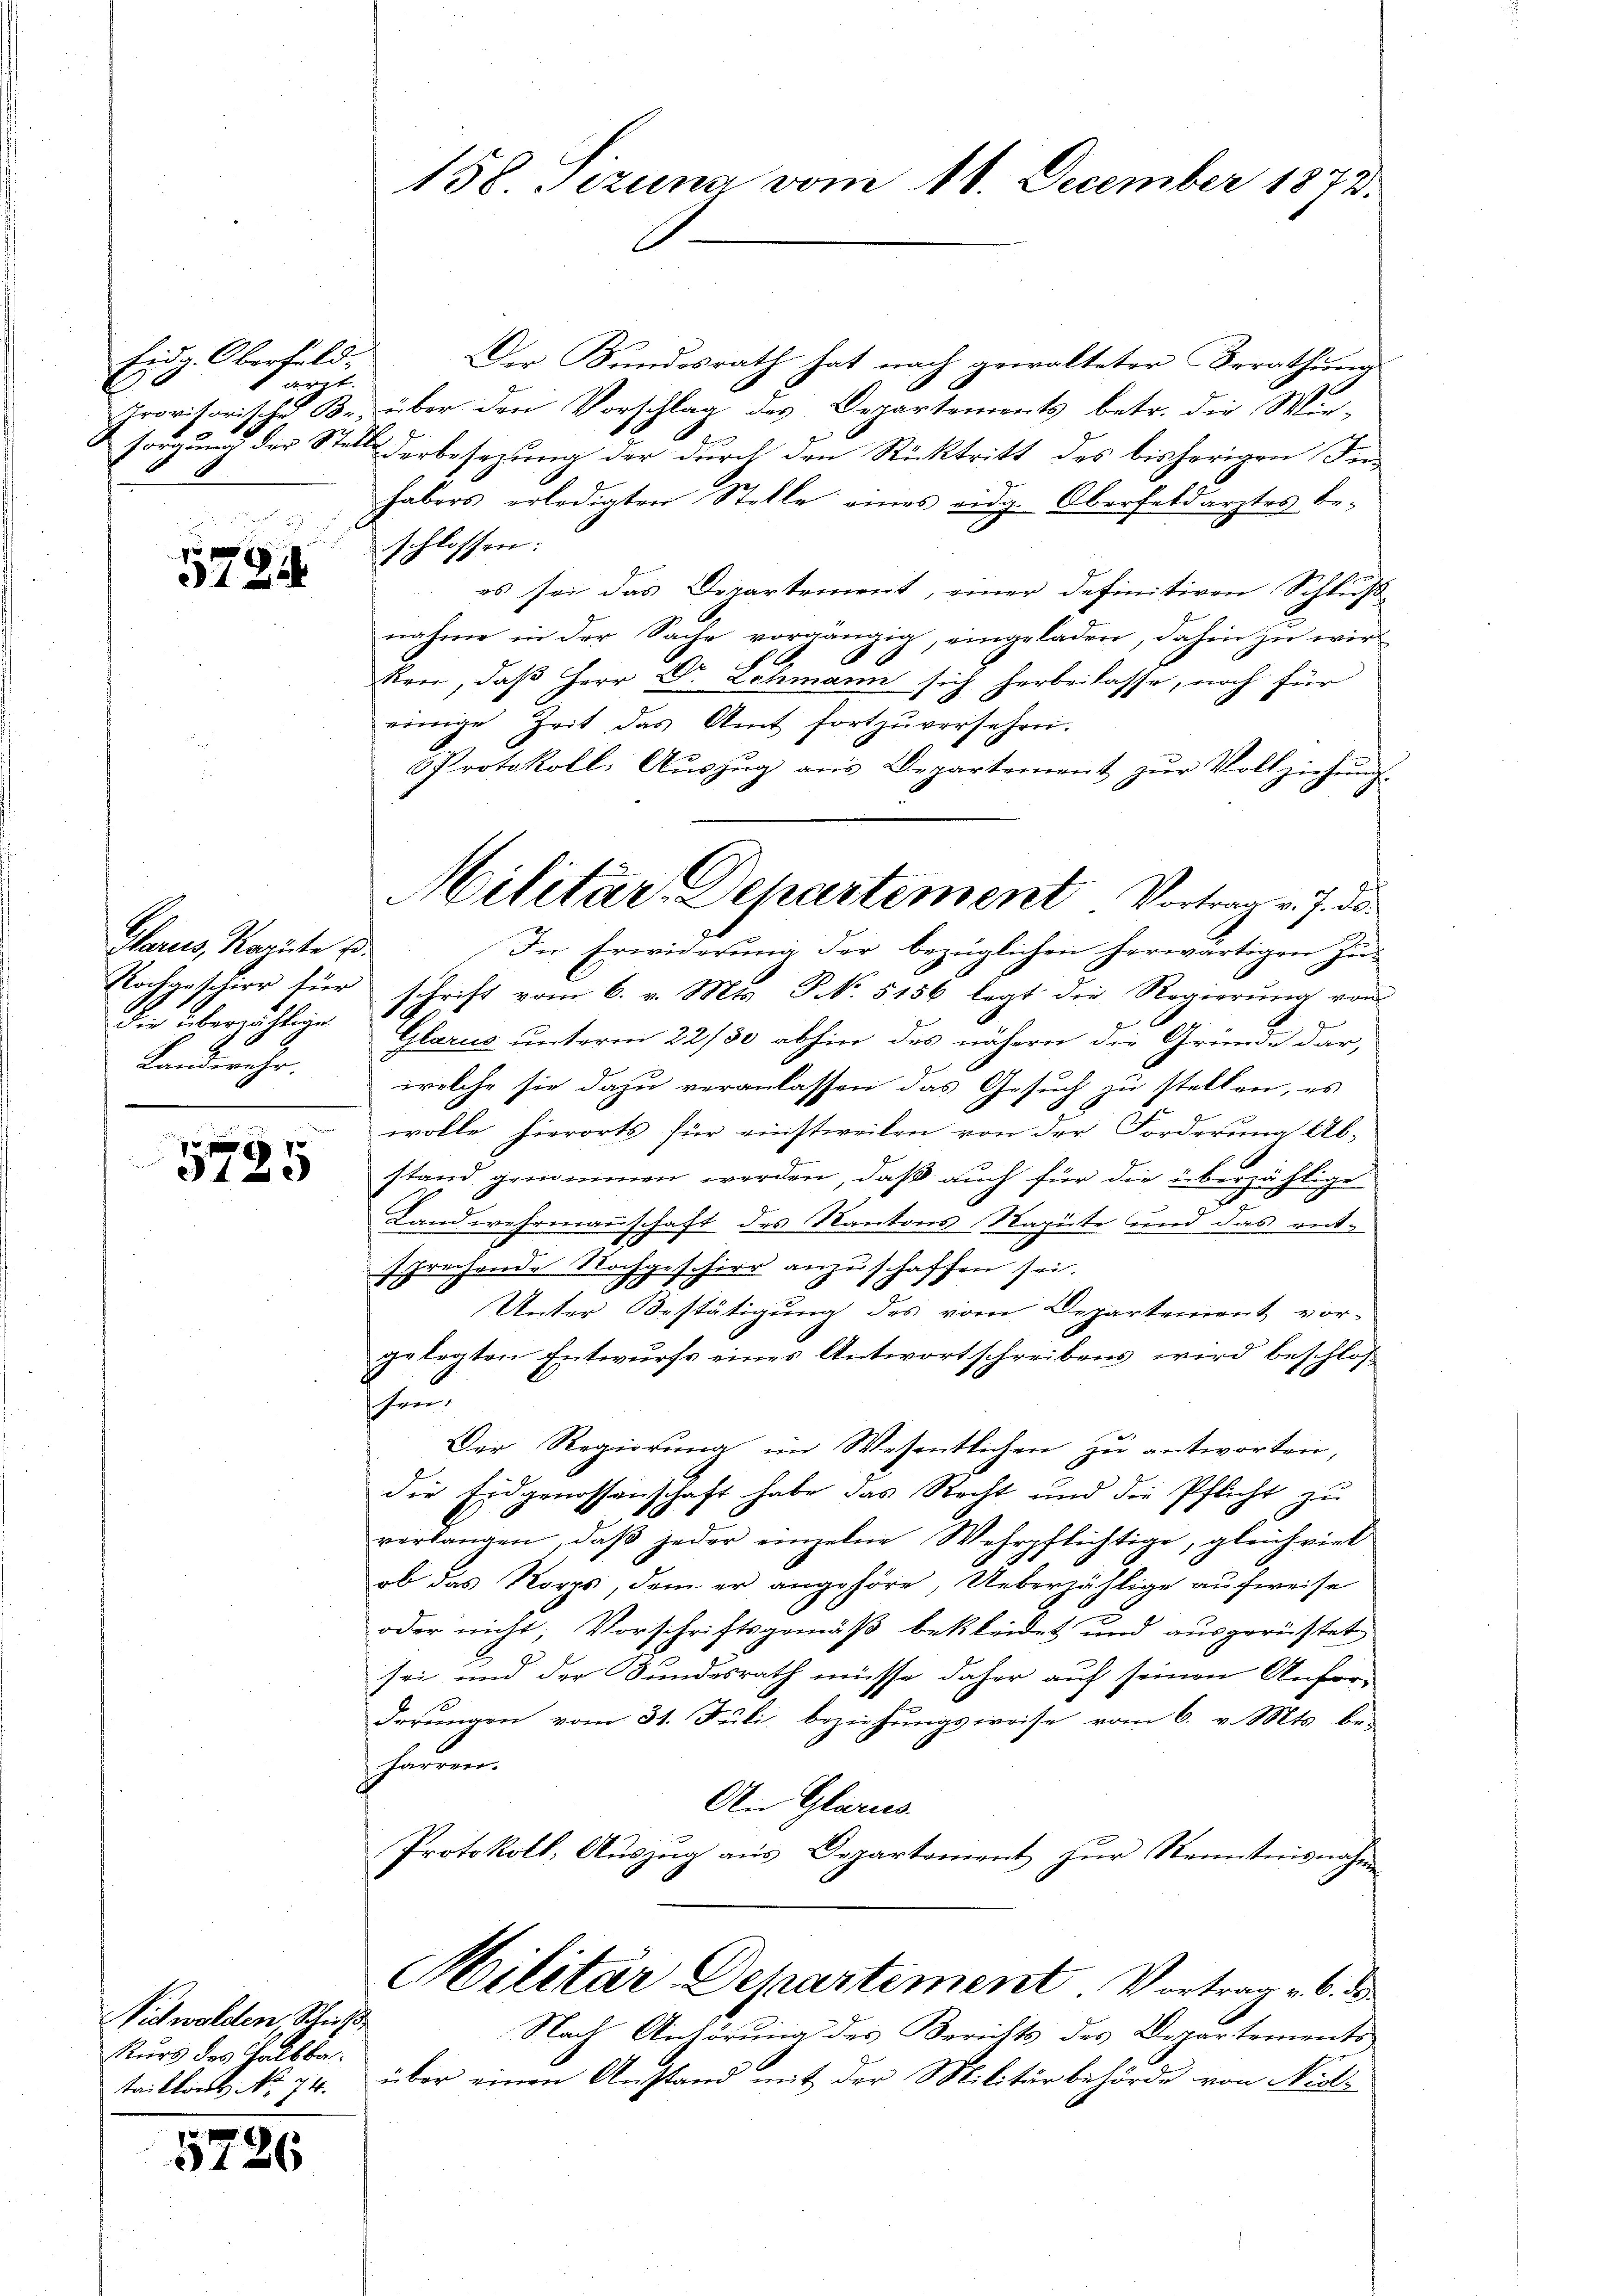
Eidg. Oberfeld.
 2

5794

Glarus, Kapite p
die überzähligen
Landwehr.

15
5720

Vichwolden, Schniß
Kurs des Halbbataillons No 74.

5726

158. Sezung vom 11. December 1873.

Der Kundesrath hat nach gewalteter Berathung
Provisorische Kr. über den Vorschlag des Departements betr. die Wie-
t
sorgung der Stelle derbesezung der durch den Rücktritt des bisherigen Fenhabers erledigten Stelle eines eidg. Oberfeldarztes be-
schlossen:
es sei das Departement, einer definitiven Schluß
nahme in der Sache vorgängig, eingeladen, dahin zu wör
6
ken, daß Herr Dr. Lehmann sich herbeilasse, noch für
einige Zeit das Amt fortzŭversehen.
Protokoll: Aŭszŭg ans Departement zŭr Vollziehŭng
In Erwiderung der bezüglichen herwärtigen Zu-
Nochgeschier für schrift vom 6. v. Mts. NNo. 5156 legt die Regierŭng von
Glarus unterm 22/30 abhin des nähern die Gründe dar,
welche sie dazu veranlassen das Gesuch zu stellen, es
wolle hierorts für einstweilen von der Forderung Ab-
stand genommen werden, daß auch für die überzählige
Landwehrmannschaft des Kantons Rapute und das entsprechende Nochgeschier anzuschaffen sei.
Unter Bestätigung des vom Departement vor-
gelegten Entwurfs eines Antwortschreibens wird beschlos
un
Der Regierung im Wesentlichen zu antworten,
die Eidgenossenschaft habe das Recht und die Pflicht zŭ
verlangen, daβ jeder einzelne Wehrpflichtige, gleichviel
ob das Korps, dem er angehöre, Ueberzählige aufweise
oder nicht, Vorschriftsgemäß bekleidet und ausgerüstet
sei und der Bundesrath müsse daher auf seinen Anfor-
derungen vom 31. Juli beziehungsweise vom 6. v. Mts. be-
farren.
An Glarus.
Protokoll, Auszug aus Departement zur Kenntnisnahme
Hilitär-Departement Vortrag v. 6. ds
Nach Anhörung des Berichts des Departements
über einen Anstand mit der Militärbehörde von Nie¬

Militär-Departement Vortrag v. J. de